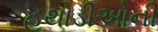
હથોડીઓની